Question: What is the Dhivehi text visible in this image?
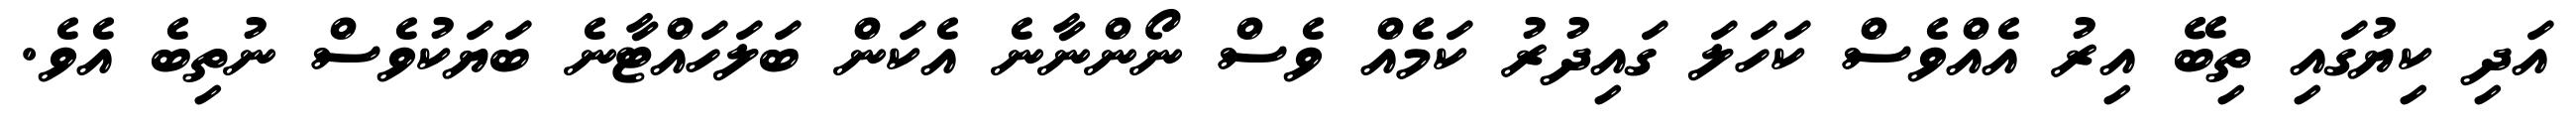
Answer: އަދި ކިޔުގައި ތިބޭ އިރު އެއްވެސް ކަހަލަ ގައިދުރު ކަމެއް ވެސް ނޯންނާނެ އެކަން ބަލަހައްޓާނެ ބަޔަކުވެސް ނުތިބެ އެވެ.